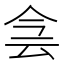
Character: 侌